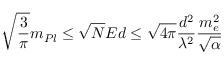
\sqrt { \frac { 3 } { \pi } } m _ { P l } \leq \sqrt { N } E d \leq \sqrt { 4 \pi } \frac { d ^ { 2 } } { \lambda ^ { 2 } } \frac { m _ { e } ^ { 2 } } { \sqrt { \alpha } }